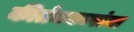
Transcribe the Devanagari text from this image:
कीर्तनकारांना